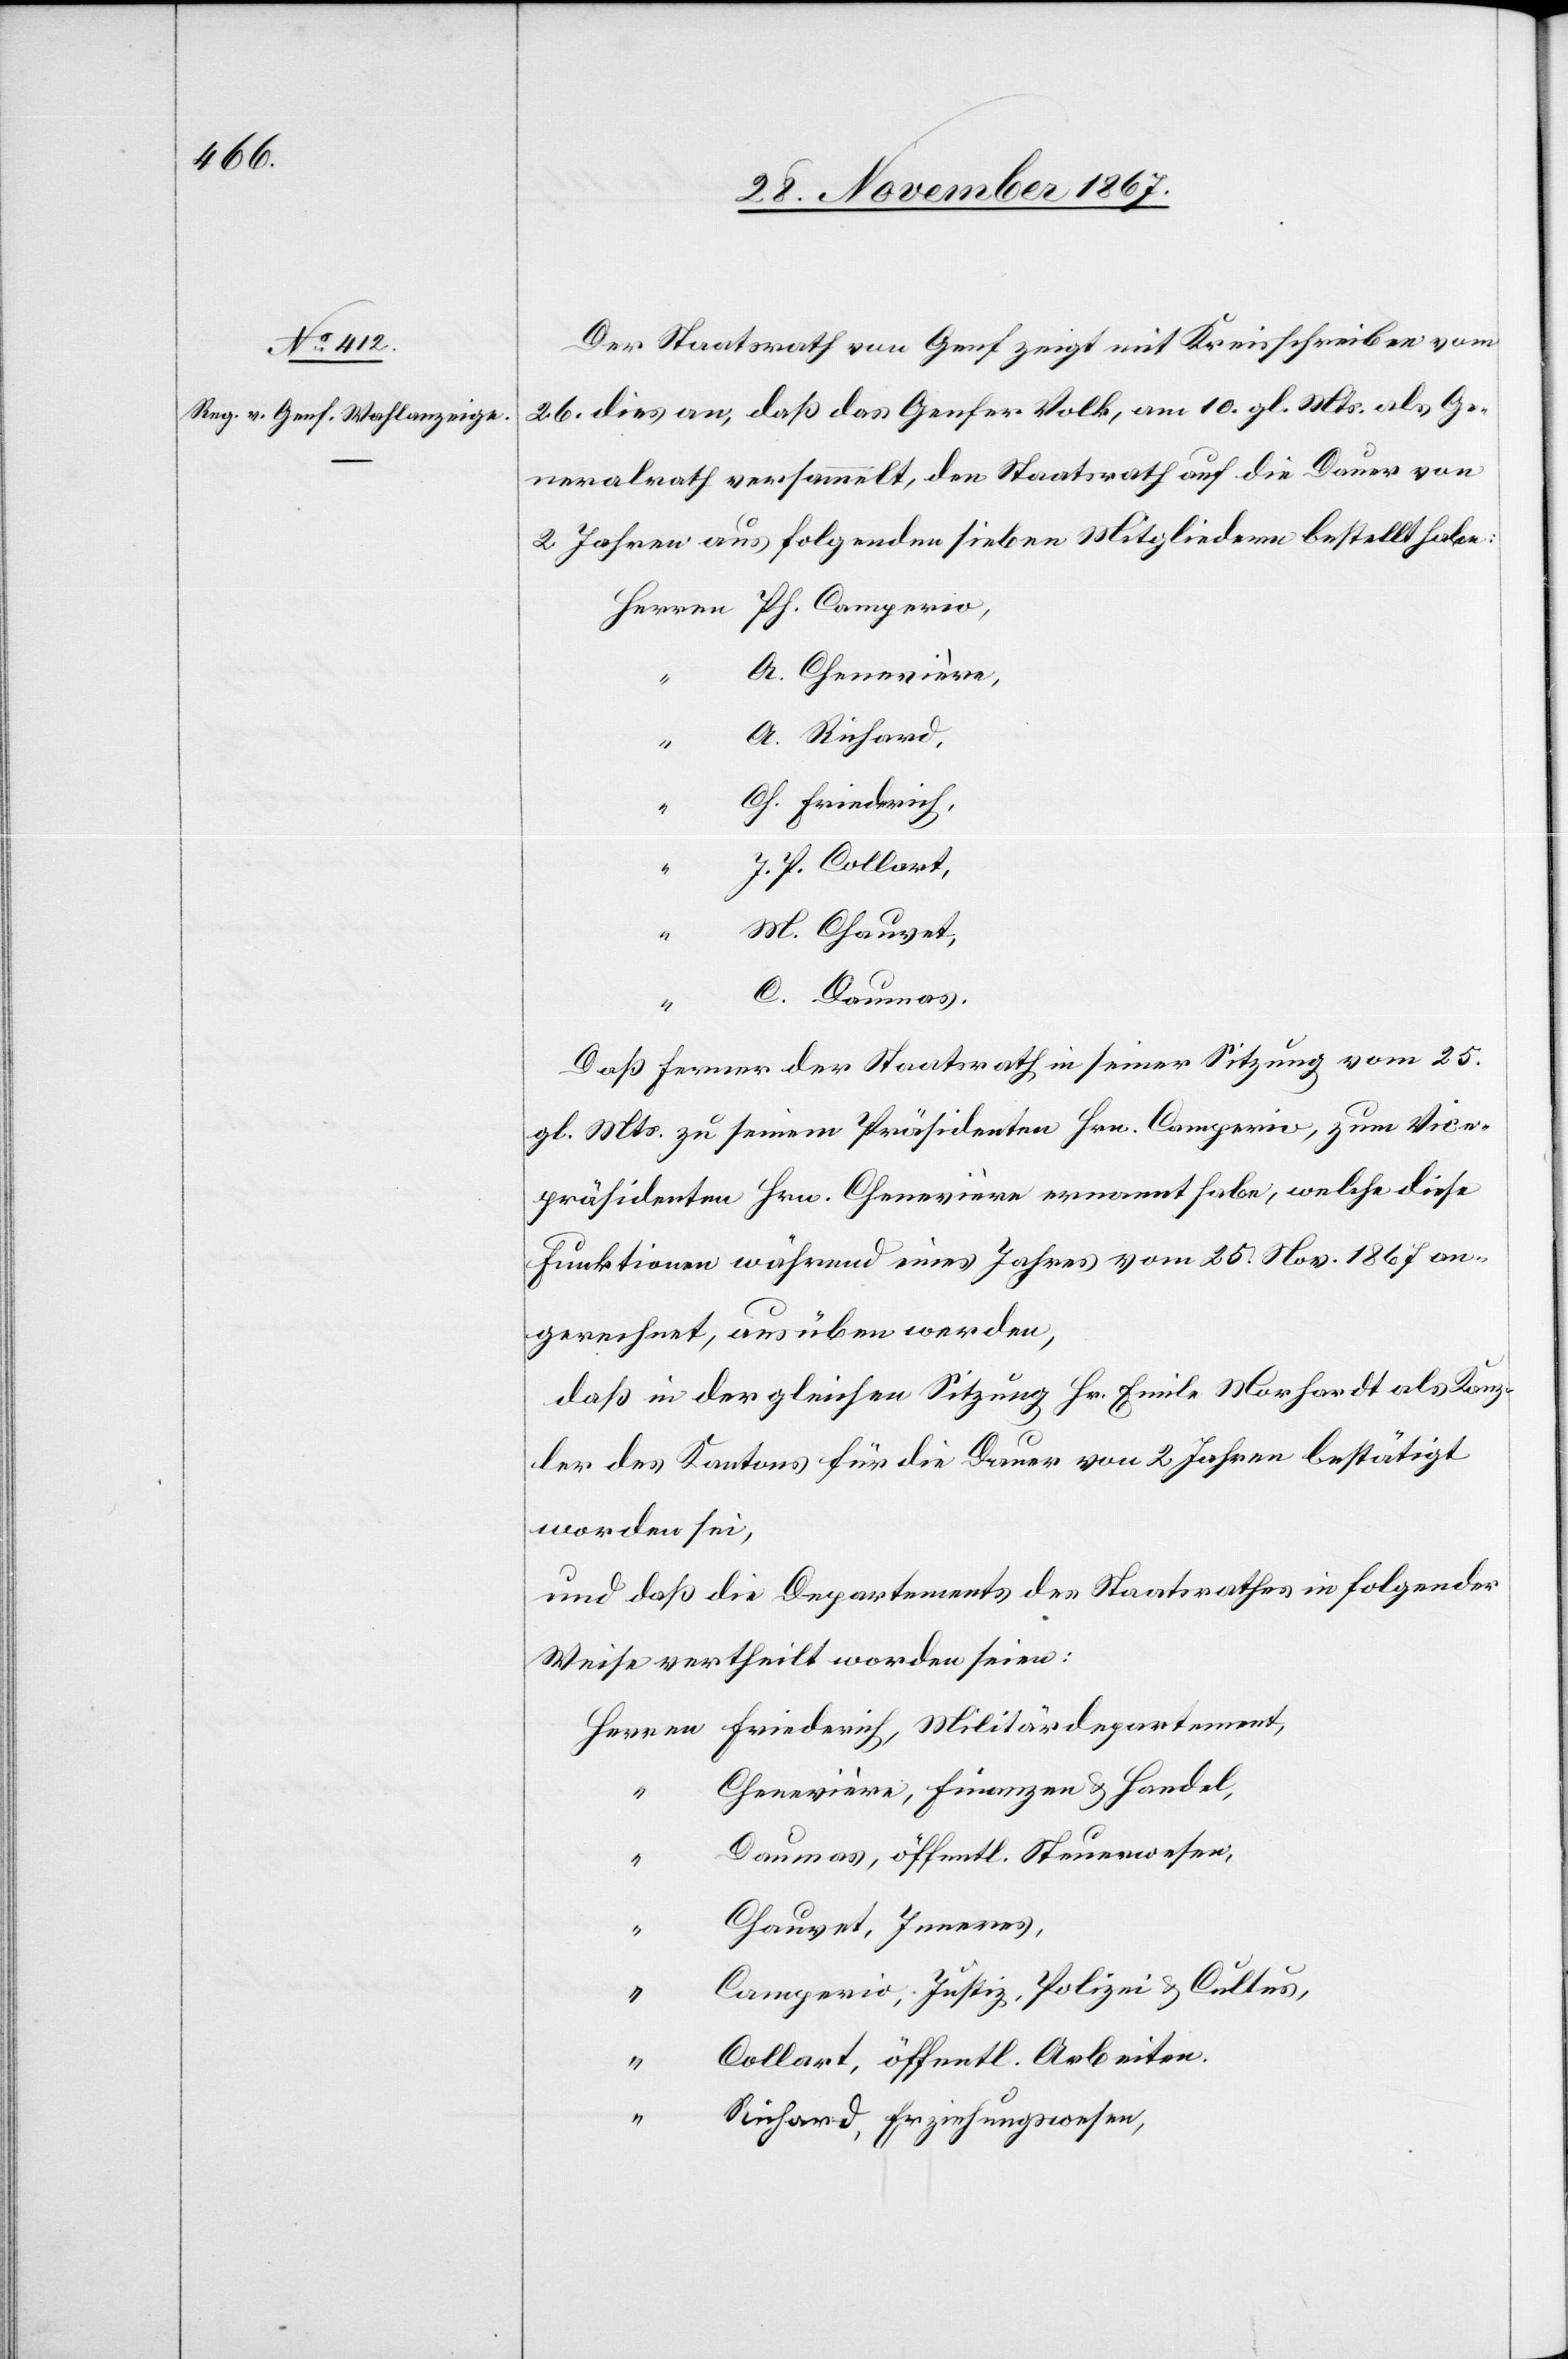
Der Staatsrath von Genf zeigt mit Kreisschreiben vom
26. dies an, daß das Genfer Volk, am 10. gl. Mts. als Ge¬
neralrath versammelt, den Staatsrath auf die Dauer von
2 Jahren aus folgenden sieben Mitgliedern bestellte habe:
A. Chenevière,
A. Richard,
ren
Ch. Friedrich,
“
J. P. Collart,
M. Chauvet,
C. Daumas.
Daß ferner der Staatsrath in seiner Sitzung vom 25.
gl. Mts. zu seinem Präsidenten Hrn. Comperio, zum Vice¬
präsidenten Hrn. Chenevière ernannt habe, welche diese
Funktionen während eines Jahres vom 25. Nov. 1867 an
gerechnet, ausüben werden,
daß in der gleichen Sitzung Hr. Emile Marhardt als Kanz¬
ler des Kantons für die Dauer von 2 Jahren bestätigt
worden sei,
und daß die Departements des Staatsrathes in folgender
Weise vertheilt worden seien:
Chenevière, Finanzen u. Handel,
Daumas, öffentl. Steuerwesen,
“
Chauvet, Inneres,
“
Comperio, Justiz, Polizei u. Cultus,
“
Collart, öffentl. Arbeiten,
Richard, Erziehungswesen.